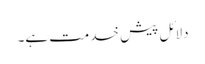
دلائل پیش خدمت ہے۔